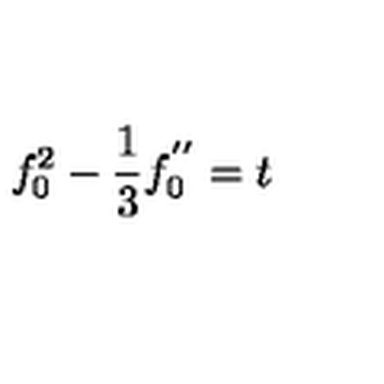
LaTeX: f _ { 0 } ^ { 2 } - \frac { 1 } { 3 } f _ { 0 } ^ { ' ^ { \prime } } = t